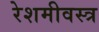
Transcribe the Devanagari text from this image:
रेशमीवस्त्र